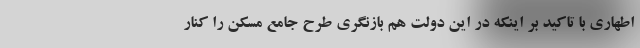
اطهاری با تاکید بر اینکه در این دولت هم بازنگری طرح جامع مسکن را کنار